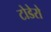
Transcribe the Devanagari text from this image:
टोडेरो